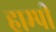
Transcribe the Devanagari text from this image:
हाम्पी